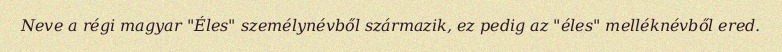
Neve a régi magyar "Éles" személynévből származik, ez pedig az "éles" melléknévből ered.